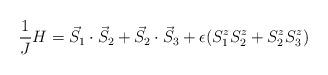
LaTeX: \begin{align*}\frac{1}{J} H = \vec{S}_1 \cdot \vec{S}_2 + \vec{S}_2 \cdot\vec{S}_3 + \epsilon (S^z_1 S^z_2 + S^z_2 S^z_3)\end{align*}